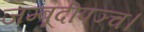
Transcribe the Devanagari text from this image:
जम्बूदीपञ्च।